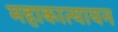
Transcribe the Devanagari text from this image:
महाकात्यायन